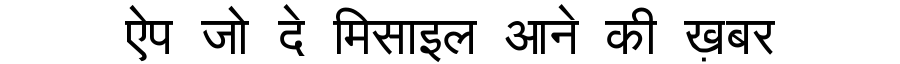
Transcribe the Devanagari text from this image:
ऐप जो दे मिसाइल आने की ख़बर